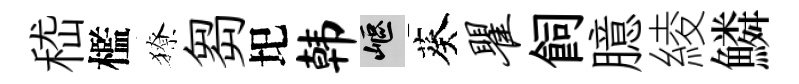
嵇檻獠芻圯韩嶇葵瞿飼臆綾鱗